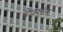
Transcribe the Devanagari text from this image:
देवर्शन